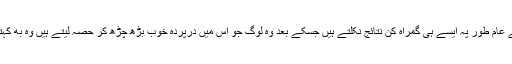
اس سے عام طور پہ ایسے ہی گمراہ کن نتائج نکلتے ہیں جسکے بعد وہ لوگ جو اس میں درپردہ خوب بڑھ چڑھ کر حصہ لیتے ہیں وہ بھِ کہتے ہیں۔